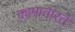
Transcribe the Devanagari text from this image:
कामातारते